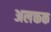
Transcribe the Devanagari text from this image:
अलक्तक